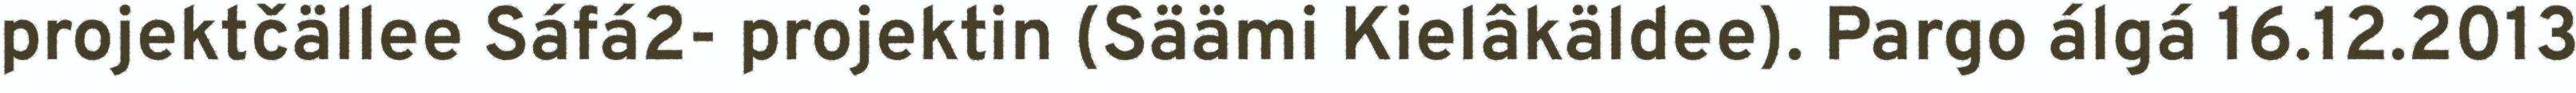
projektčällee Sáfá2- projektin (Säämi Kielâkäldee). Pargo álgá 16.12.2013